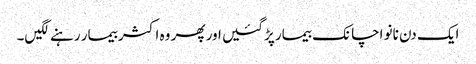
ایک دن نانو اچانک بیمار پڑگئیں اور پھر وہ اکثر بیمار رہنے لگیں۔